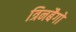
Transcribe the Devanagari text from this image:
त्रिनबैगो